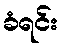
ခံရင်း